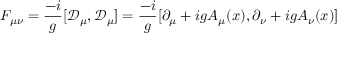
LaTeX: F _ { \mu \nu } = { \frac { - i } { g } } [ { \mathcal { D } } _ { \mu } , { \mathcal { D } } _ { \mu } ] = { \frac { - i } { g } } [ \partial _ { \mu } + i g A _ { \mu } ( x ) , \partial _ { \nu } + i g A _ { \nu } ( x ) ]